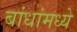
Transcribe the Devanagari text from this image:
बांधांमध्ये